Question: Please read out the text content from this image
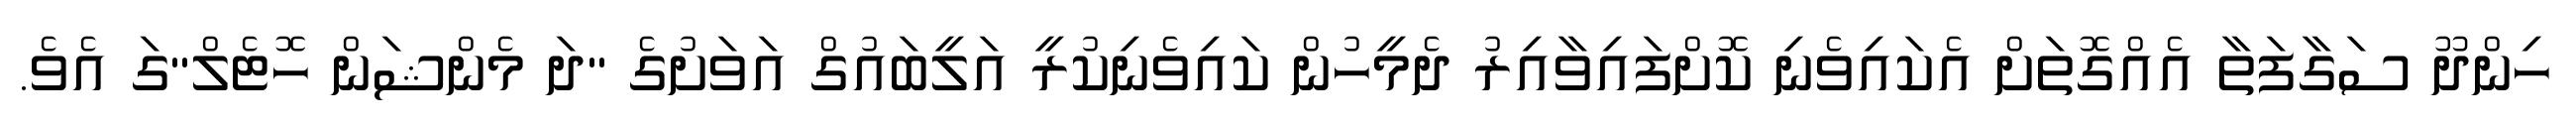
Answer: ހިންދޫ ސަގާފަތާ އެއްގޮތަށް އެކައިވެނި ކޮށްފައިވާއިރު ދެމީހުން ކައިވެނިކުރީ އަލީބައުގް އަވަށުގެ "ދަ މެންޝަން ހޮޓެލް"ގަ އެވެ.